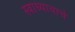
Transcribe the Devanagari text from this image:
स्वाध्यायाचे